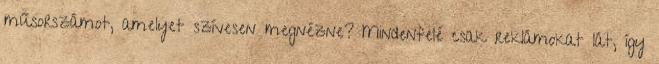
műsorszámot, amelyet szívesen megnézne? Mindenfelé csak reklámokat lát, így